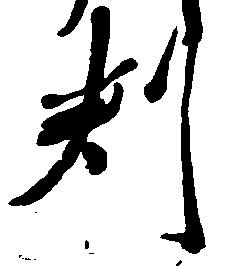
判